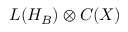
L ( H _ { B } ) \otimes C ( X )